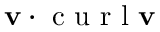
\mathbf { v } \cdot \textrm { c u r l } \mathbf { v }